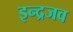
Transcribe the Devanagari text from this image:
इन्द्रजव